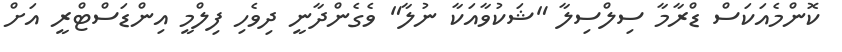
ކޮންމެއަކަސް ޑްރާމާ ސިލްސިލާ "ޝަކުވާއަކާ ނުލާ" ވެގެންދާނީ ދިވެހި ފިލްމީ އިންޑަސްޓްރީ އަށް